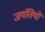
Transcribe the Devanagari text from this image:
जयंतियों